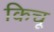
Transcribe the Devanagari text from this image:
किचू